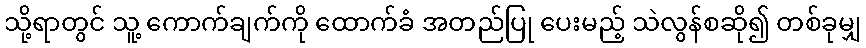
သို့ရာတွင် သူ့ ကောက်ချက်ကို ထောက်ခံ အတည်ပြု ပေးမည့် သဲလွန်စဆို၍ တစ်ခုမျှ